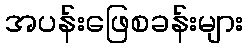
အပန်းဖြေစခန်းများ